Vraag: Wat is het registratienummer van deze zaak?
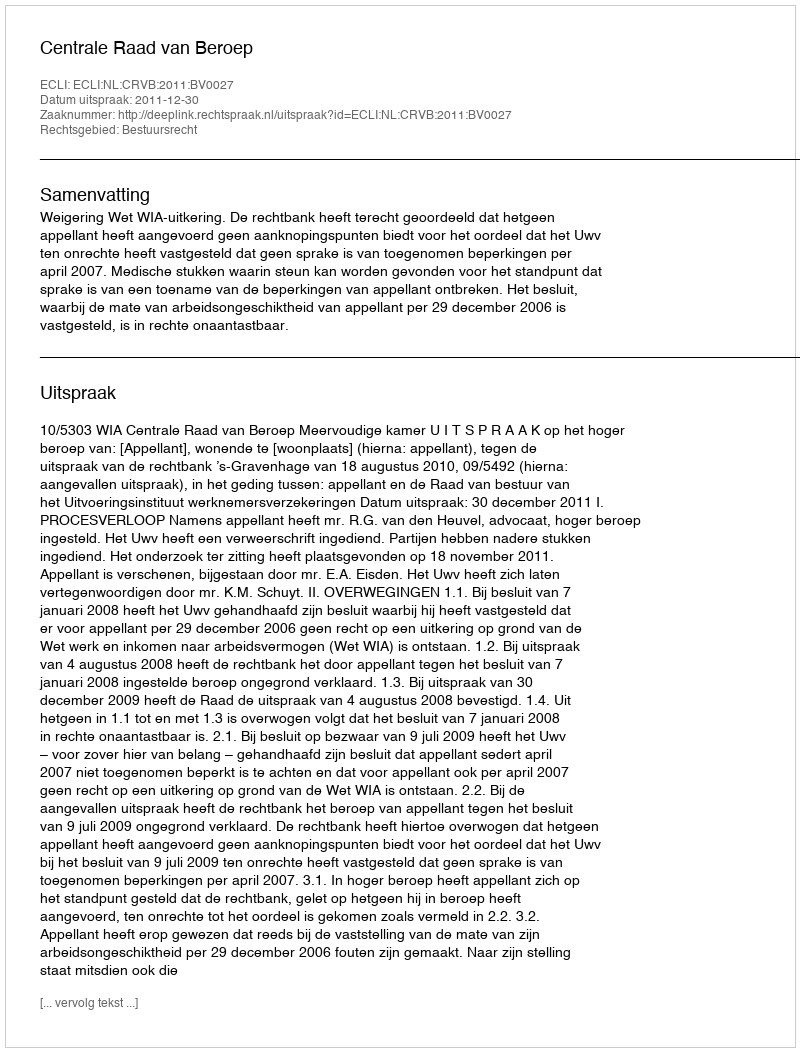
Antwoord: http://deeplink.rechtspraak.nl/uitspraak?id=ECLI:NL:CRVB:2011:BV0027